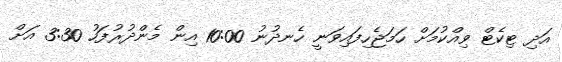
އަދި ޓިކެޓް ވިއްކުމަށް ހަމަޖެހިފައިވަނީ ހެނދުނު 10:00 އިން މެންދުރުފަހު 3:30 އަށް